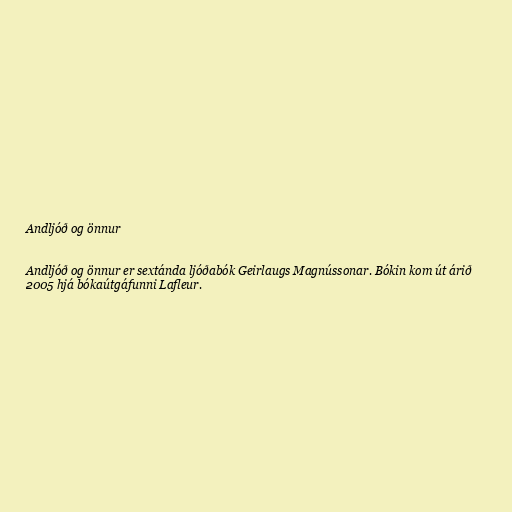
Andljóð og önnur

Andljóð og önnur er sextánda ljóðabók Geirlaugs Magnússonar. Bókin kom út árið
2005 hjá bókaútgáfunni Lafleur.